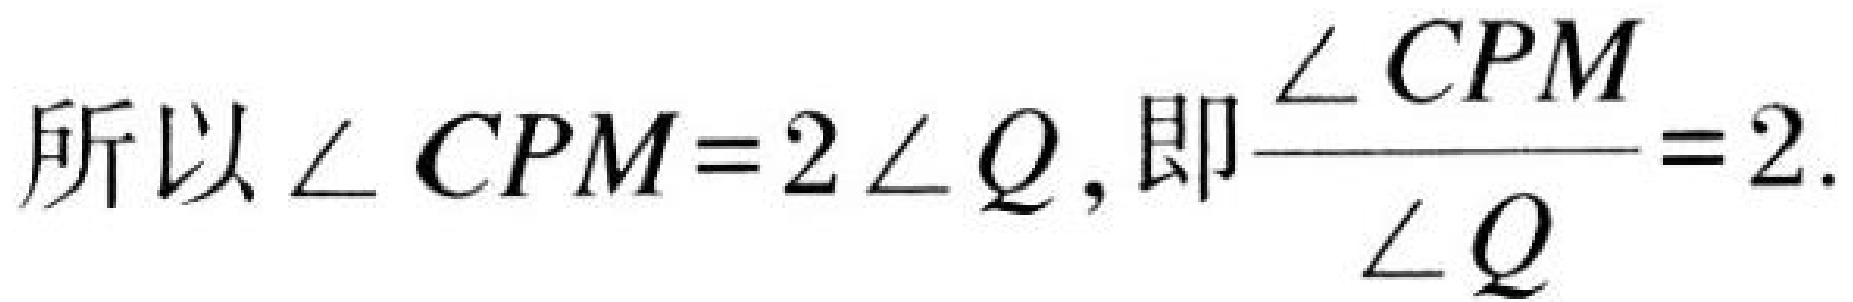
所以\(\angle CPM = 2\angle Q\), 即\(\frac{\angle CPM}{\angle Q}=2\).